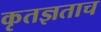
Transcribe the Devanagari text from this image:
कृतज्ञताच